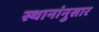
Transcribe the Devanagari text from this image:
स्थानांनुसार